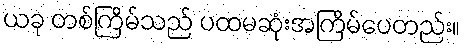
ယခု တစ်ကြိမ်သည် ပထမဆုံးအကြိမ်ပေတည်း။